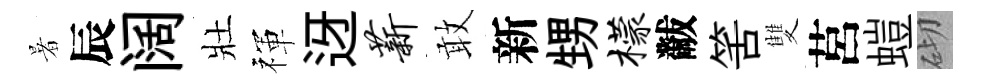
暑辰阔壯禈迓薪敢新甥檬黻筈雙莒螘砌